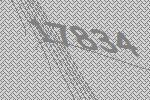
17834